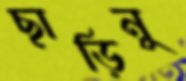
ছাড়িনু